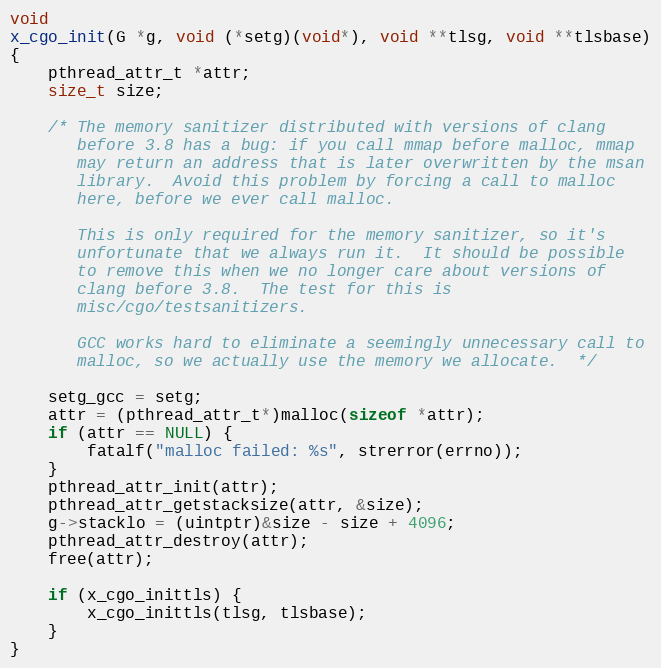
Language: C
void
x_cgo_init(G *g, void (*setg)(void*), void **tlsg, void **tlsbase)
{
	pthread_attr_t *attr;
	size_t size;

	/* The memory sanitizer distributed with versions of clang
	   before 3.8 has a bug: if you call mmap before malloc, mmap
	   may return an address that is later overwritten by the msan
	   library.  Avoid this problem by forcing a call to malloc
	   here, before we ever call malloc.

	   This is only required for the memory sanitizer, so it's
	   unfortunate that we always run it.  It should be possible
	   to remove this when we no longer care about versions of
	   clang before 3.8.  The test for this is
	   misc/cgo/testsanitizers.

	   GCC works hard to eliminate a seemingly unnecessary call to
	   malloc, so we actually use the memory we allocate.  */

	setg_gcc = setg;
	attr = (pthread_attr_t*)malloc(sizeof *attr);
	if (attr == NULL) {
		fatalf("malloc failed: %s", strerror(errno));
	}
	pthread_attr_init(attr);
	pthread_attr_getstacksize(attr, &size);
	g->stacklo = (uintptr)&size - size + 4096;
	pthread_attr_destroy(attr);
	free(attr);

	if (x_cgo_inittls) {
		x_cgo_inittls(tlsg, tlsbase);
	}
}